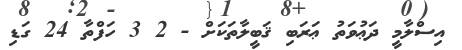
އިސްލާމީ ދަޢުވަތު ޢަރަބި ޤަބީލާތަކަށް - 2 3 ހަފްތާ 24 ގަޑި